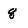
Character: 8